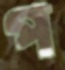
প